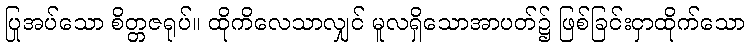
ပြုအပ်သော စိတ္တဇရုပ်။ ထိုကိလေသာလျှင် မူလရှိသောအာပတ်၌ ဖြစ်ခြင်းငှာထိုက်သော